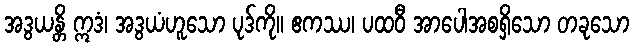
အဒွယန္တိ ဣဒံ၊ အဒွယံဟူသော ပုဒ်ကို။ ဧကဿ၊ ပထဝီ အာပေါအစရှိသော တခုသော